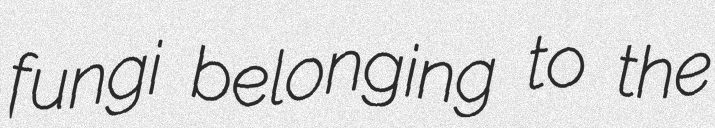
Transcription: fungi belonging to the